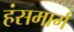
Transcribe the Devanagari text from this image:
हंसमार्ग